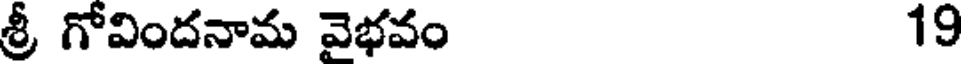
శ్రీ గోవిందనామ వెభవం 19